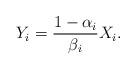
LaTeX: \begin{align*} Y_i = \frac{1-\alpha_i}{\beta_i}X_i.\end{align*}